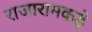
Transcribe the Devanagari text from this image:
राजारामकड़े